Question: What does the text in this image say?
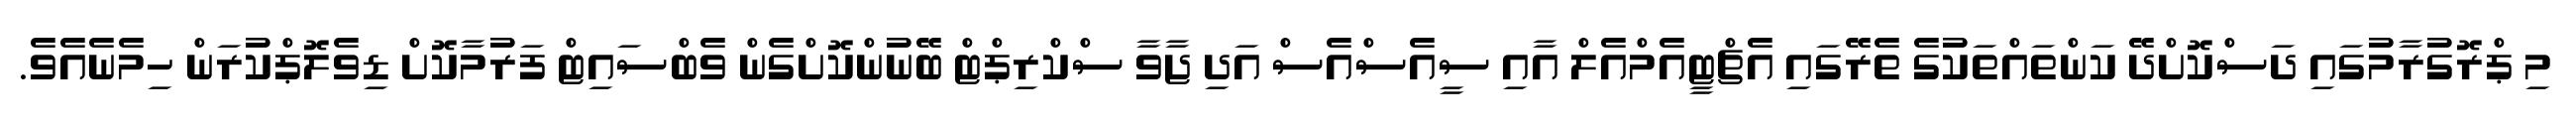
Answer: މި ޕްރޮގުރާމުގައި ދަސްކޮށްދޭ ކަންތައްތަކުގެ ތެރޭގައި އެޗްޓީއެމްއެލް އާއި ސީއެސްއެސް އަދި ޖާވާ ސްކްރިޕްޓް ބޭނުންކޮށްގެން ވެބްސައިޓް ފަރުމާކޮށް ޑިވެލޮޕްކުރަން ހިމެނެއެވެ.